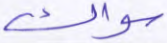
سواك